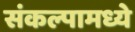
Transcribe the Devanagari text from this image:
संकल्पामध्ये